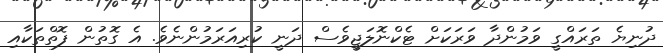
ދުނިޔެ ތަރައްގީ ވަމުންދާ ވަރަކަށް ޓެކްނޮލަޖީވެސް ދަނީ ކުރިއަރަމުންނެވެ. އެ ގޮތުން ފޮތްތަކާއި